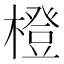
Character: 橙